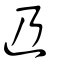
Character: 辸